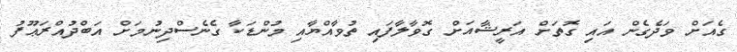
ގެއަށް ވަދެގެން އައި ގޮތަށް އަރީޝާއަށް ގޮވާލާފައި ތުވާއްޔާއި މުންޑަކާ ގެނެސްދިނުމަށް އަބްދުއްރަޢޫފު